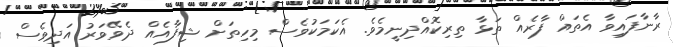
ރާނާފައިވާ އެތައް ފާރެއް ތަޅާ ތިރިކޮއްދިނީމެވެ. އެކަމަކުވެސް މިހިތަށް ޝިފާއެއް ދެވޭވަރު އަދިވެސް